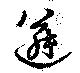
遴